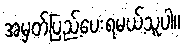
အမှတ်ပြည့်ပေးရမယ့်သူပါ။